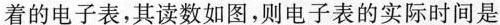
着的电子表，其读数如图，则电子表的实际时间是